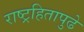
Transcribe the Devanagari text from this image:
राष्ट्रहितापुढे